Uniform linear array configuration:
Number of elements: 48
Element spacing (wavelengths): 1
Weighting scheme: cosine
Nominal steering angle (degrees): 30
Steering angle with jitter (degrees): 28.976
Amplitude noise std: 0.05
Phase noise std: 0.05

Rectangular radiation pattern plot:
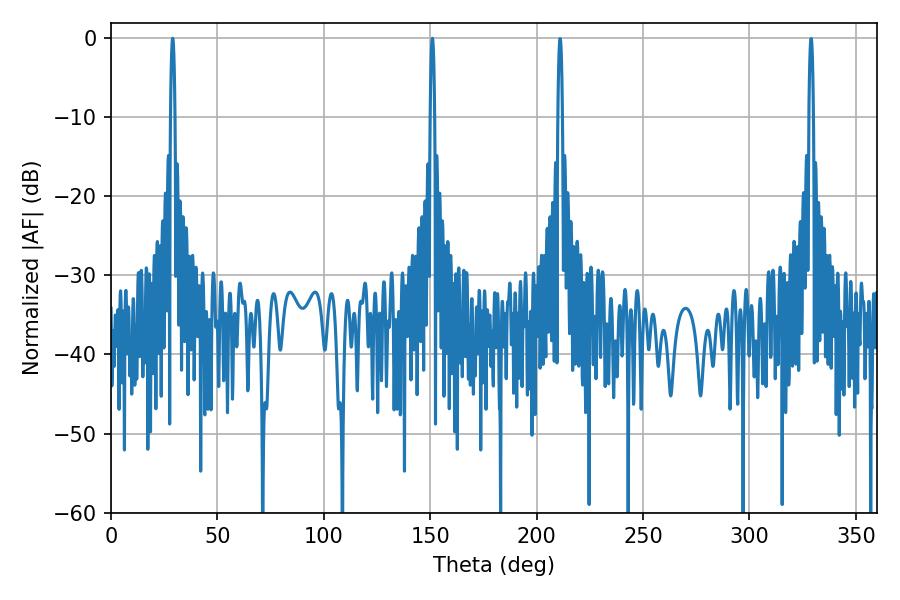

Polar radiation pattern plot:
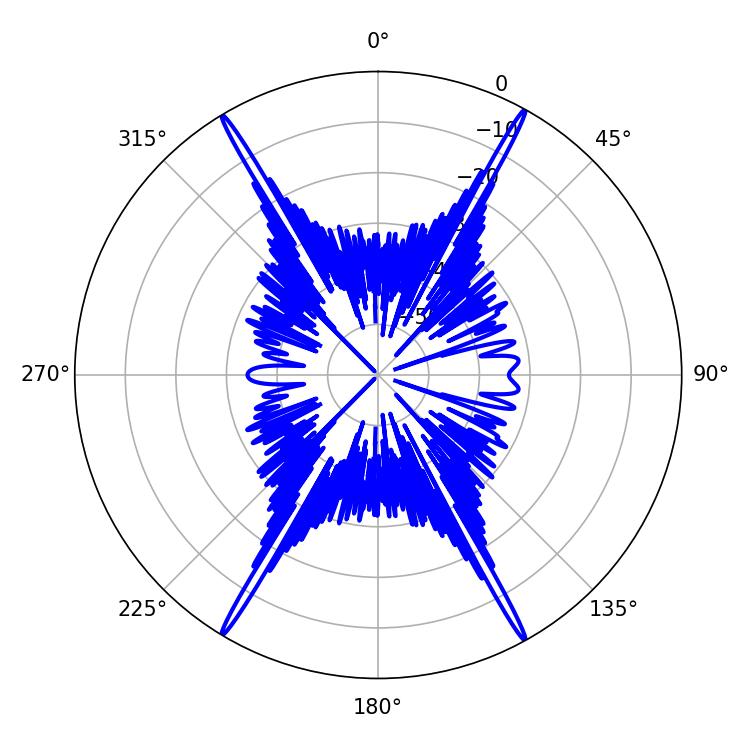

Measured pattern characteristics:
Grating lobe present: TRUE
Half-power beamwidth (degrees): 1.08
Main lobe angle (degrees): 28.98